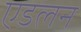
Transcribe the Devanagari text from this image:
एडलन